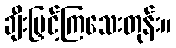
ချီးမြှင့်ကြသေးတုန်း။